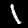
Label: 1